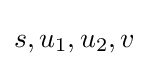
s,u_{1},u_{2},v